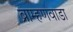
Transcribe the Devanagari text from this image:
ब्राम्हणवाडा